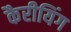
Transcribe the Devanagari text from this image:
कैरीयिंग